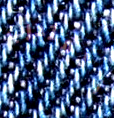
المتدرب